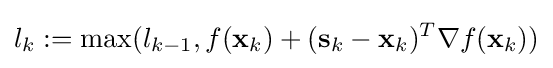
l_{k}:=\max(l_{k-1},f(\mathbf {x} _{k})+(\mathbf {s} _{k}-\mathbf {x} _{k})^{T}\nabla f(\mathbf {x} _{k}))